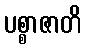
ပစ္စာဇာတိ